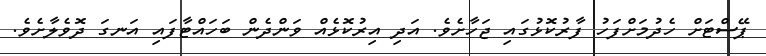
ޕޭސްޓަށް ހެދުމަށްފަހު ފާރުކޮޅުގައި ޖަހާށެވެ. އަދި އިރުކޮޅެއް ވަންދެން ބަހައްޓާފައި އަނގަ ދޮވެލާށެވެ.